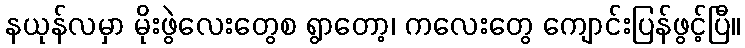
နယုန်လမှာ မိုးဖွဲလေးတွေစ ရွာတော့၊ ကလေးတွေ ကျောင်းပြန်ဖွင့်ပြီ။